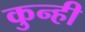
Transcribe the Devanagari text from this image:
कुन्ही